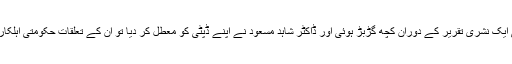
چند ماہ قبل جب وزیراعظم گیلانی کی ایک نشری تقریر کے دوران کچھ گڑبڑ ہوئی اور ڈاکٹر شاہد مسعود نے اپنے ڈپٹی کو معطل کر دیا تو ان کے تعلقات حکومتی اہلکاروں کیساتھ خراب ہونا شروع ہو گئے۔